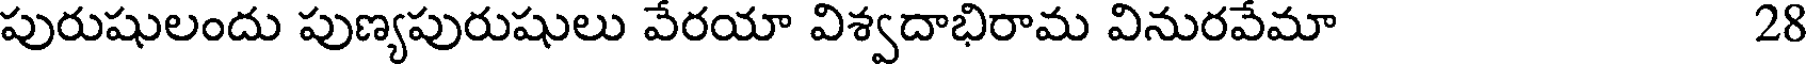
పురుషులందు పుణ్యపురుషులు వేరయా విశ్వదాభిరామ వినురవేమా 28